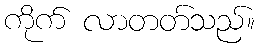
ကိုက် လာတတ်သည်။